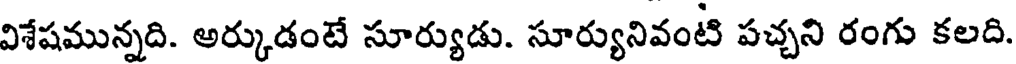
విశేషమున్నది. అర్కుడంటే సూర్యుడు. సూర్యునివంటి పచ్చని రంగు కలది.